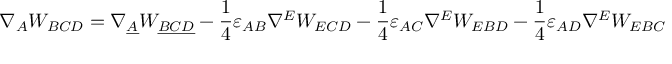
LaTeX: \nabla _ { A } W _ { B C D } = \nabla _ { \underline { { { A } } } } W _ { \underline { { { B C D } } } } - \frac { 1 } { 4 } \varepsilon _ { A B } \nabla ^ { E } W _ { E C D } - \frac { 1 } { 4 } \varepsilon _ { A C } \nabla ^ { E } W _ { E B D } - \frac { 1 } { 4 } \varepsilon _ { A D } \nabla ^ { E } W _ { E B C }